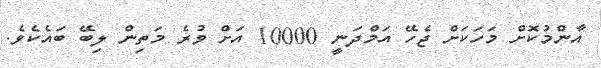
އާންމުކޮށް މަހަކަށް ޖެހޭ އަމްދަނީ 10000 އަށް ވުރެ މަތިން ލިބޭ ބައެކެވެ.